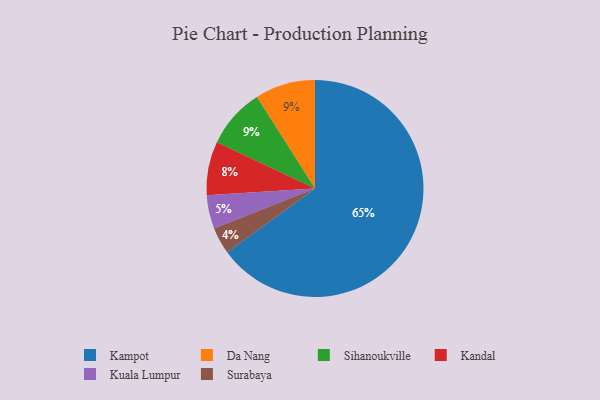
{"axis": {"x": "Category", "y": "Percentage"}, "legend": ["Da Nang", "Kampot", "Kandal", "Kuala Lumpur", "Sihanoukville", "Surabaya"], "data": [{"x": "Kampot", "y": 65, "type": "Kampot"}, {"x": "Surabaya", "y": 4, "type": "Surabaya"}, {"x": "Kandal", "y": 8, "type": "Kandal"}, {"x": "Kuala Lumpur", "y": 5, "type": "Kuala Lumpur"}, {"x": "Da Nang", "y": 9, "type": "Da Nang"}, {"x": "Sihanoukville", "y": 9, "type": "Sihanoukville"}]}